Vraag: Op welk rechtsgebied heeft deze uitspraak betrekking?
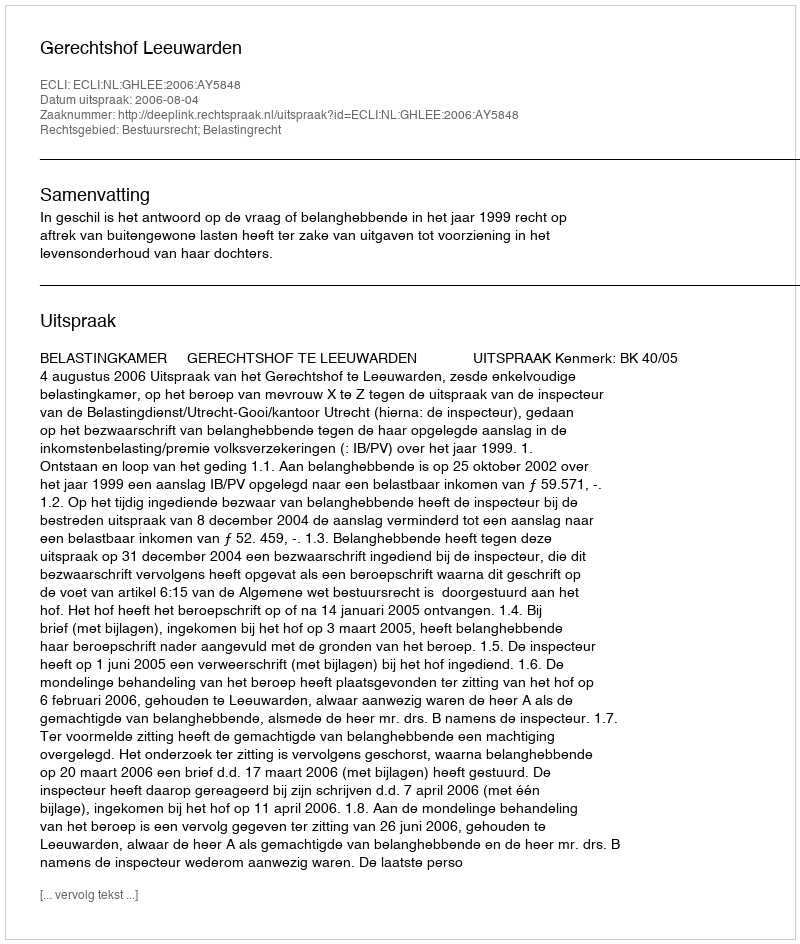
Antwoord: Bestuursrecht; Belastingrecht